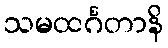
သမထင်္ဂတာနိ